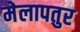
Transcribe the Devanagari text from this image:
मेलापतुर